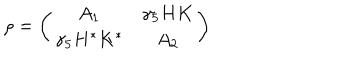
\rho = \left( \begin{matrix} { { A _ { 1 } } } & { { \gamma _ { 5 } H K } } \\ { { \gamma _ { 5 } H ^ { * } K ^ { * } } } & { { A _ { 2 } } } \\ \end{matrix} \right)